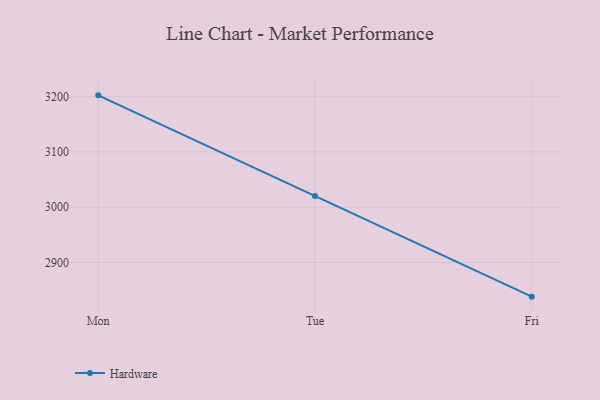
{"axis": {"x": "Day", "y": "Market Share (%)"}, "legend": ["Hardware"], "data": [{"x": "Mon", "y": 3202.3, "type": "Hardware"}, {"x": "Tue", "y": 3020.1, "type": "Hardware"}, {"x": "Fri", "y": 2838.3, "type": "Hardware"}]}